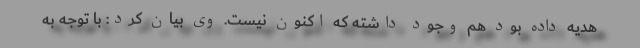
هدیه داده بود هم وجود داشته که اکنون نیست. وی بیان کرد: با توجه به